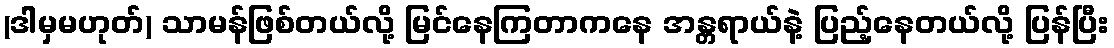
(ဒါမှမဟုတ်) သာမန်ဖြစ်တယ်လို့ မြင်နေကြတာကနေ အန္တရာယ်နဲ့ ပြည့်နေတယ်လို့ ပြန်ပြီး